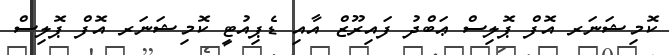
ކޮމިޝަނަރ އޮފް ޕޮލިސް ޢަބްދު ފައިރޫޒް އާއި ޑެޕިއުޓީ ކޮމިޝަނަރ އޮފް ޕޮލިސް